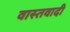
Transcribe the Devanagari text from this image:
वास्तवादी